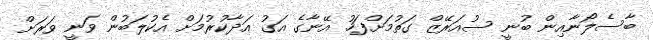
ބާސެލޯނާއިން ބުނީ ސުއަރޭޒް ގަތުމަށްފަހު އޭނާގެ އަގު އަދާކުރުމަށް އެކުލަބުން ވަނީ ވަރަށް